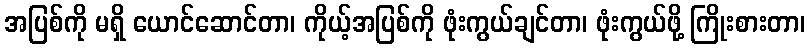
အပြစ်ကို မရှိ ယောင်ဆောင်တာ၊ ကိုယ့်အပြစ်ကို ဖုံးကွယ်ချင်တာ၊ ဖုံးကွယ်ဖို့ ကြိုးစားတာ၊